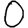
Digit: 0